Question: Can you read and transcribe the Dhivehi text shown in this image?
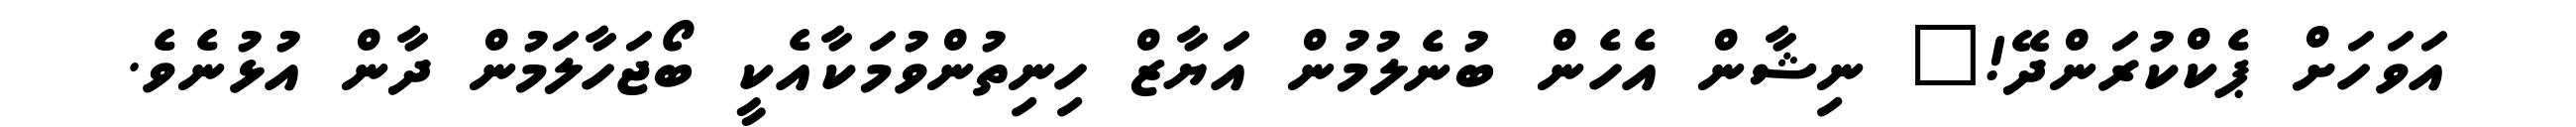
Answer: އަވަހަށް ޕެކްކުރަންދޭ!" ނިޝާން އެހެން ބުނެލުމުން އަޔާޒް ހިނިތުންވުމަކާއެކީ ބޯޖަހާލަމުން ދާން އުޅުނެވެ.